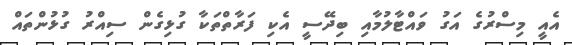
އެއީ މިސްރުގެ އަގު ވައްޓާލުމާއި ބިދޭސީ އެކި ފަރާތްތަކާ ގުޅިގެން ސިއްރު ގުޅުންތައް